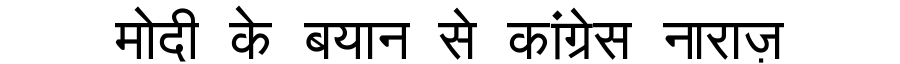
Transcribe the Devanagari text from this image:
मोदी के बयान से कांग्रेस नाराज़